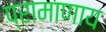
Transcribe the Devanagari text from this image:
प्रामाणाय